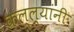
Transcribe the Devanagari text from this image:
कल्ल्यांनी